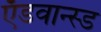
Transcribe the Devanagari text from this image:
ऍडवान्स्ड